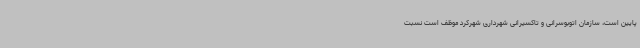
پایین است، سازمان اتوبوسرانی و تاکسیرانی شهرداری شهرکرد موظف است نسبت